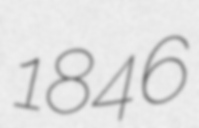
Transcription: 1846